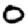
Digit: 0